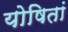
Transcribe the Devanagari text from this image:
योषितां